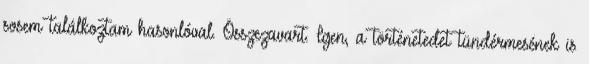
sosem találkoztam hasonlóval. Összezavart. Igen, a történetedet tündérmesének is